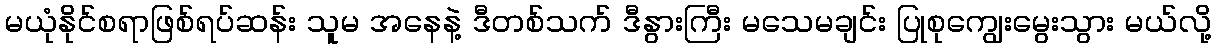
မယုံနိုင်စရာဖြစ်ရပ်ဆန်း သူမ အနေနဲ့ ဒီတစ်သက် ဒီနွားကြီး မသေမချင်း ပြုစုကျွေးမွေးသွား မယ်လို့